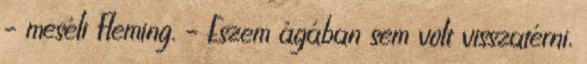
– meséli Fleming. – Eszem ágában sem volt visszatérni,